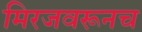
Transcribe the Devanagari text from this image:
मिरजवरूनच